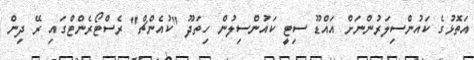
އަތޮޅުގެ ކައުންސިލަރުންނަށް އައްޑޫ ސިޓީ ކައުންސިލުން ހިތަދޫ "ކުއެންޗް" ރެސްޓޯރެންޓްގައި ރޭ ދިން